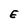
Character: E